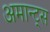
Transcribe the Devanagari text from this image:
अमान्ट्स